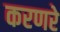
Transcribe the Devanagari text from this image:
करणरे